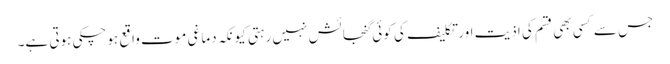
جس سے کسی بھی قسم کی اذیت اور تکلیف کی کوئی گنجائش نہیں رہتی کیونکہ دماغی موت واقع ہوچکی ہوتی ہے۔